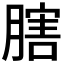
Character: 𦟈